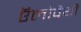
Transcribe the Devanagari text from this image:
ऍलोपैथी